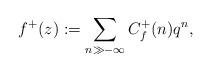
LaTeX: \begin{align*}f^{+}(z):=\sum _{n\gg -\infty}C_{f}^{+}( n) q^{n},\end{align*}